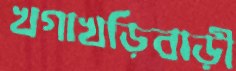
খগাখড়িবাড়ী